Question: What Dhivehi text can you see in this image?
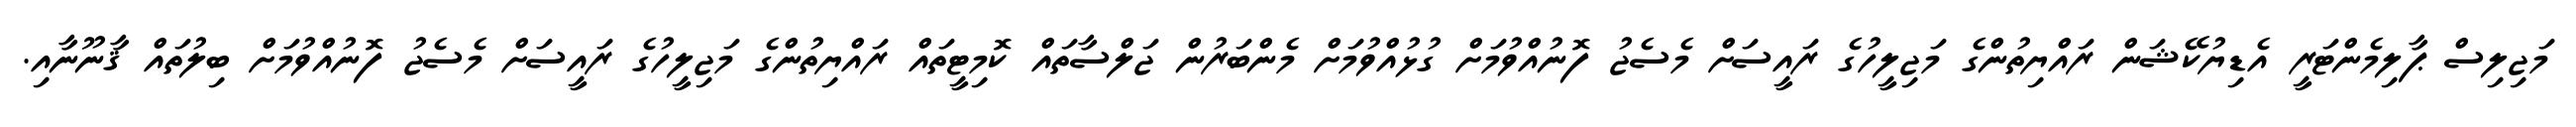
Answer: މަޖިލިސް ޕާލިމެންޓަރީ އެޑިޔުކޭޝަން ރައްޔިތުންގެ މަޖިލީހުގެ ރައީސަށް މެސެޖު ފޮނުއްވުމަށް ގުޅުއްވުމަށް މެންބަރުން ޖަލްސާތައް ކޮމިޓީތައް ރައްޔިތުންގެ މަޖިލީހުގެ ރައީސަށް މެސެޖު ފޮނުއްވުމަށް ބިލުތައް ޤާނޫނާއި.